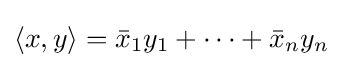
\langle x,y\rangle ={\bar {x}}_{1}y_{1}+\cdots +{\bar {x}}_{n}y_{n}